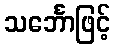
သင်္ဘောဖြင့်